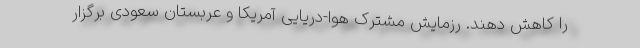
را کاهش دهند. رزمایش مشترک هوا-دریایی آمریکا و عربستان سعودی برگزار